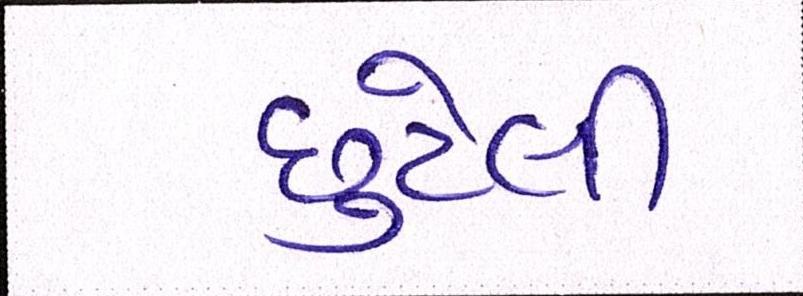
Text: છુટેલી